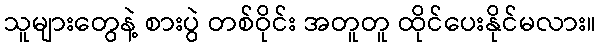
သူများတွေနဲ့ စားပွဲ တစ်ဝိုင်း အတူတူ ထိုင်ပေးနိုင်မလား။